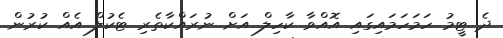
ދެ ޓީމު ހަމަހަމައިގައި އޮއްވާ ކާހިލް އަށް ނުރައްކާތެރި ޓެކުލް އެއް ކުރުން